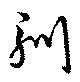
馴